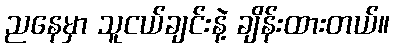
ညနေမှာ သူငယ်ချင်းနဲ့ ချိန်းထားတယ်။